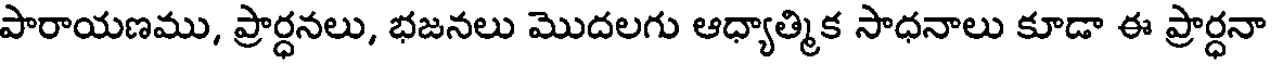
పారాయణము, ప్రార్ధనలు, భజనలు మొదలగు ఆధ్యాత్మిక సాధనాలు కూడా ఈ ప్రార్ధనా